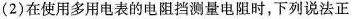
(2)在使用多用电表的电阻挡测量电阻时，下列说法正